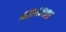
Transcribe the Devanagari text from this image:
४२४२०१